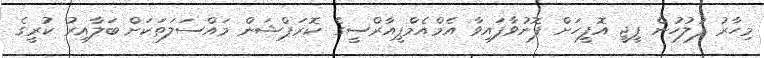
މިހާރު ފުލުހުން ޕީޖީ އޮފީހަށް ފޮނުވާފައިވާ އެމްއެމްޕީއާރްސީގެ ކޮރަޕްޝަން މައްސަލަތަކަށް ބަލާއިރު ކުރީގެ